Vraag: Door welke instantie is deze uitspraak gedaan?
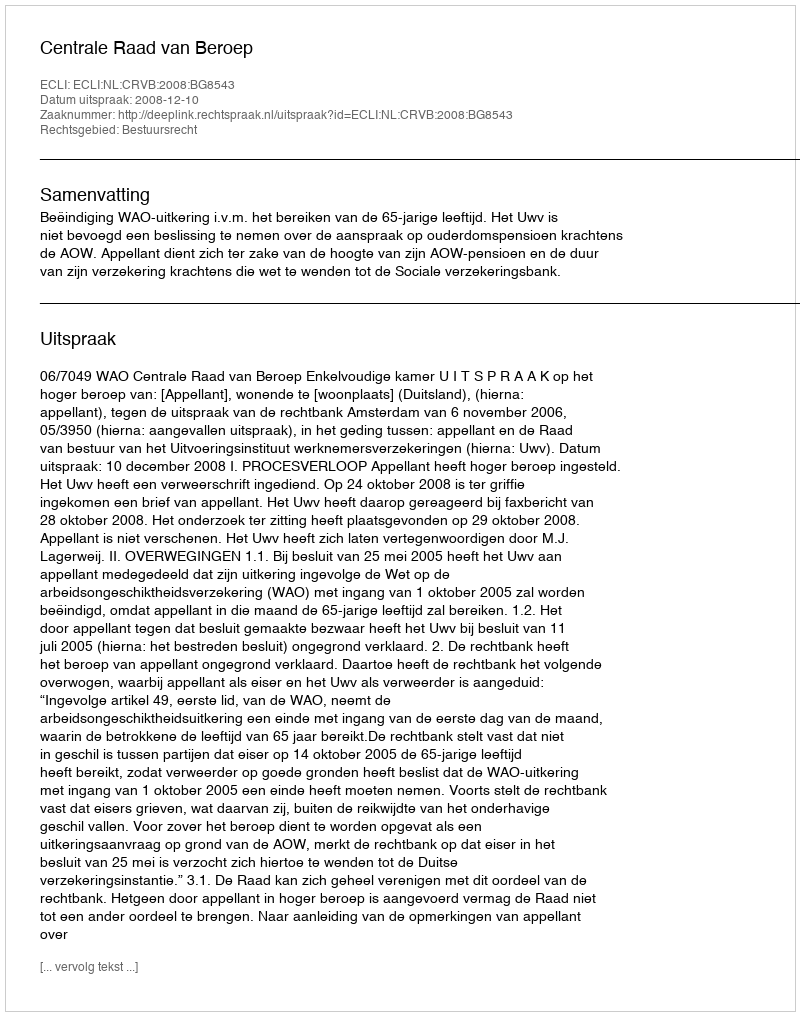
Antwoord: Centrale Raad van Beroep